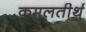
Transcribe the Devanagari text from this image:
कमलतीर्थ